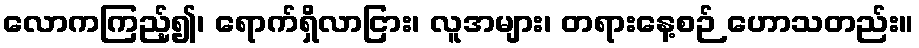
လောကကြည့်၍၊ ရောက်ရှိလာငြား၊ လူအများ၊ တရားနေ့စဉ် ဟောသတည်း။